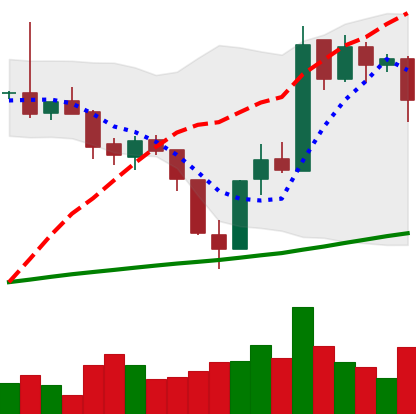
Ticker: BTC-USD
Chart end date: 2017-07-25
Forward return: 7.013%
Label: up_7plus